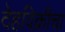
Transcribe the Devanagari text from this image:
देहविक्रीचा